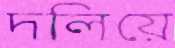
দলিয়ে